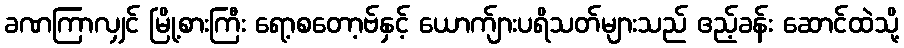
ခဏကြာလျှင် မြို့စားကြီး ရော့စတော့ဗ်နှင့် ယောက်ျားပရိသတ်များသည် ဧည့်ခန်း ဆောင်ထဲသို့